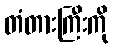
တံတားကြီးကို